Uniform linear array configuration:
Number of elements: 64
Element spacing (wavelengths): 0.75
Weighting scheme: uniform
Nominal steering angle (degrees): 0
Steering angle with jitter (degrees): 0.3342
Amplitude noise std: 0.05
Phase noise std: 0.05

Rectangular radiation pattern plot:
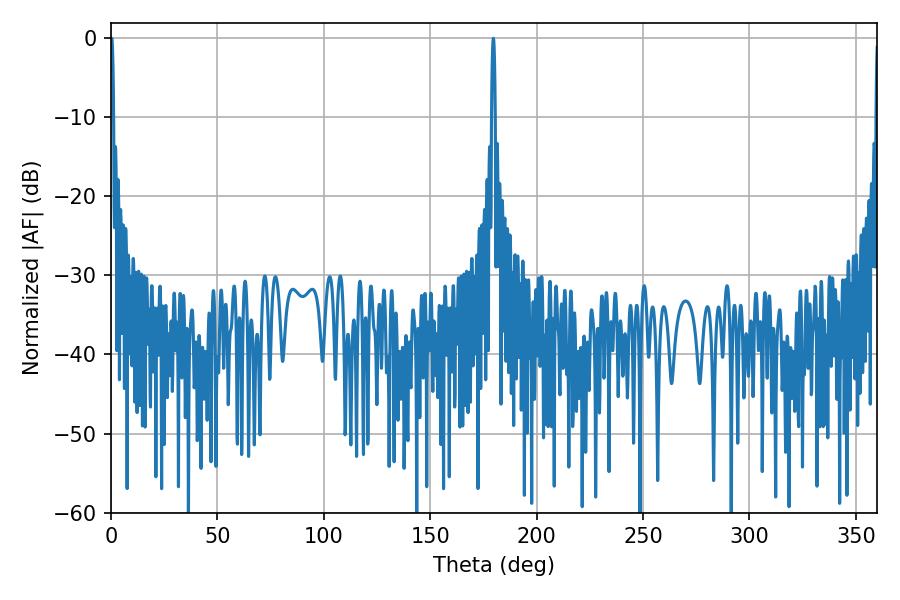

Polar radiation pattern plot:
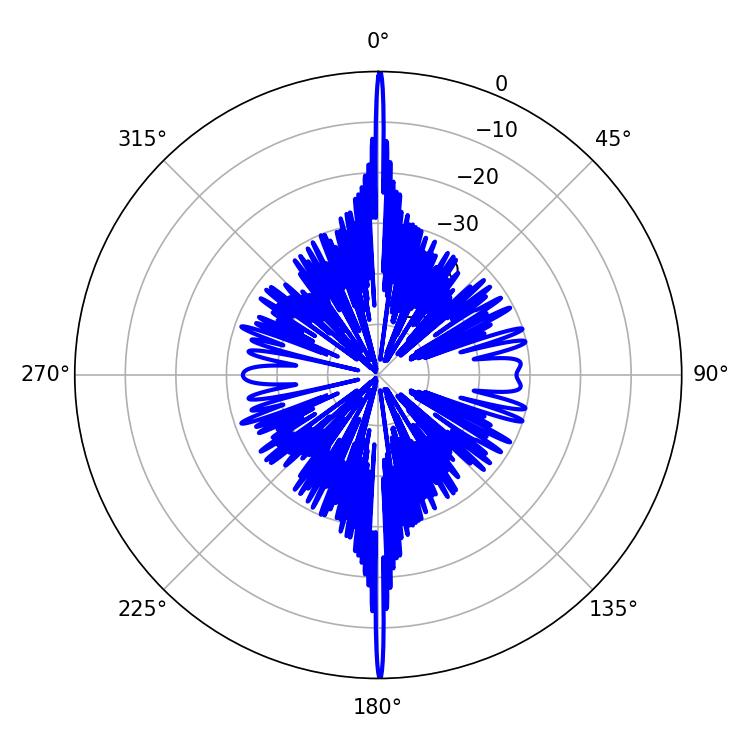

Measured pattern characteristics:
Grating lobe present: TRUE
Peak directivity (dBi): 37.091
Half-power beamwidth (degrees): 0.9
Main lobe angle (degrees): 179.64